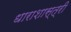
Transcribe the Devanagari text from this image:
धाराशास्त्री